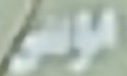
موسى